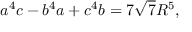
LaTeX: a ^ { 4 } c - b ^ { 4 } a + c ^ { 4 } b = 7 { \sqrt { 7 } } R ^ { 5 } ,